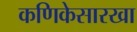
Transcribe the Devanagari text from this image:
कणिकेसारखा